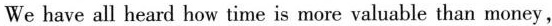
We have all heard how time is more valuable than money,